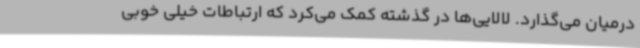
درمیان می‌گذارد. لالایی‌ها در گذشته کمک می‌کرد که ارتباطات خیلی خوبی